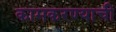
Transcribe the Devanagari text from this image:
कामकरण्याची